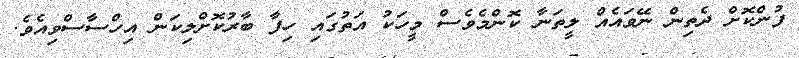
ފުންކޮށް ދެތިން ނޭވައެއް ލީތަނާ ކޮންމެވެސް މީހަކު އަތުގައި ހިފާ ބާރުކޮށްލިކަން އިހްސާސްވިއެވެ.